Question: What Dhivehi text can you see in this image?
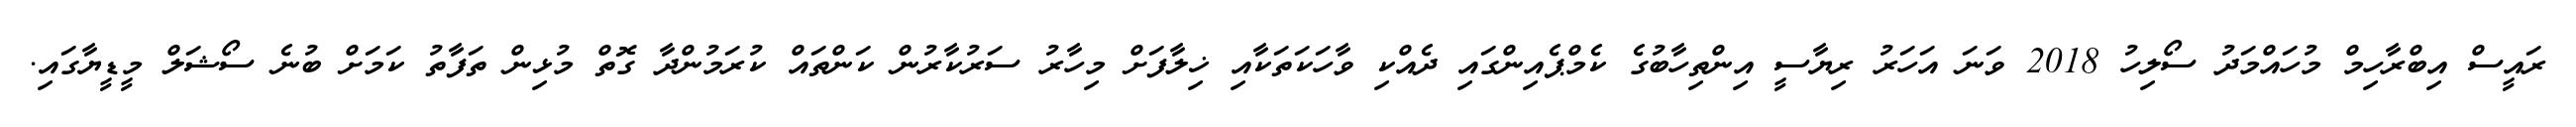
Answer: ރައީސް އިބްރާހިމް މުހައްމަދު ސޯލިހު 2018 ވަނަ އަހަރު ރިޔާސީ އިންތިހާބުގެ ކެމްޕެއިންގައި ދެއްކި ވާހަކަތަކާއި ޚިލާފަށް މިހާރު ސަރުކާރުން ކަންތައް ކުރަމުންދާ ގޮތް މުޅިން ތަފާތު ކަމަށް ބުނެ ސޯޝަލް މީޑީޔާގައި.